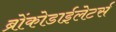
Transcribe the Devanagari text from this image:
ब्रोंकोडाईलेटर्स